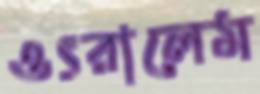
ওৎরালেম